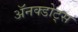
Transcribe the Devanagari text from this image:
ॲनक्डोट्स